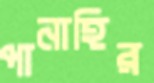
পানাহির